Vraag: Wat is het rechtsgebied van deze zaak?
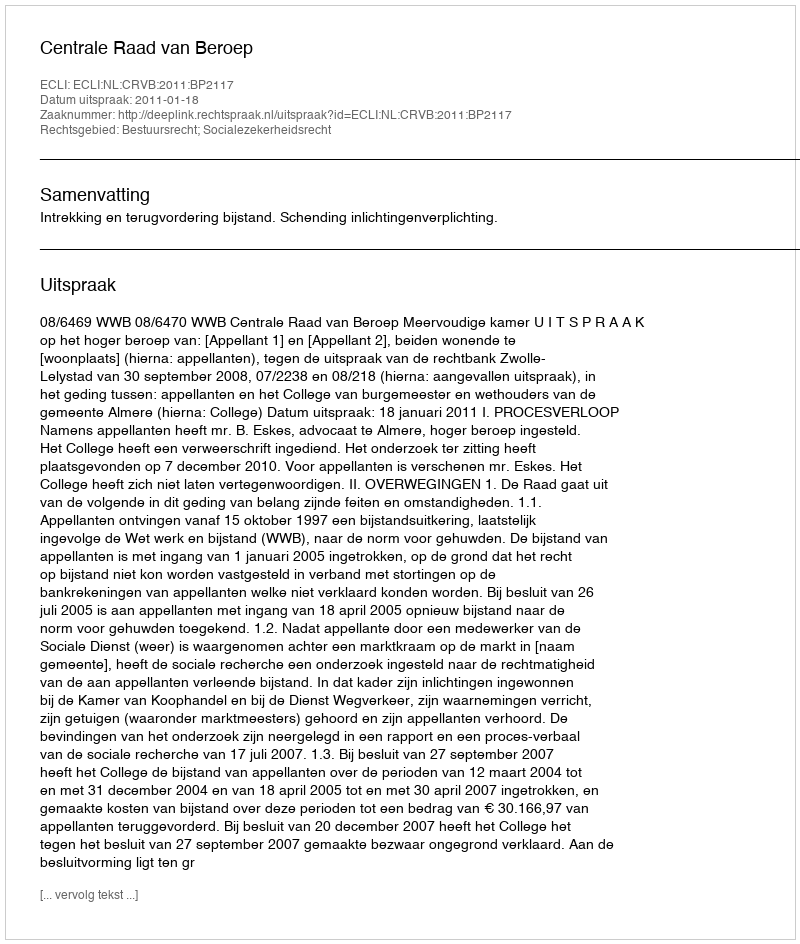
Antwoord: Bestuursrecht; Socialezekerheidsrecht